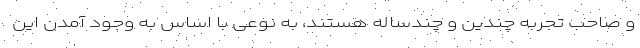
و صاحب تجربه چندین و چندساله هستند، به نوعی با اساس به وجود آمدن این